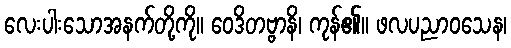
လေးပါးသောအနက်တို့ကို။ ဝေဒိတဗ္ဗာနိ၊ ကုန်၏။ ဖလပညာဝသေန၊